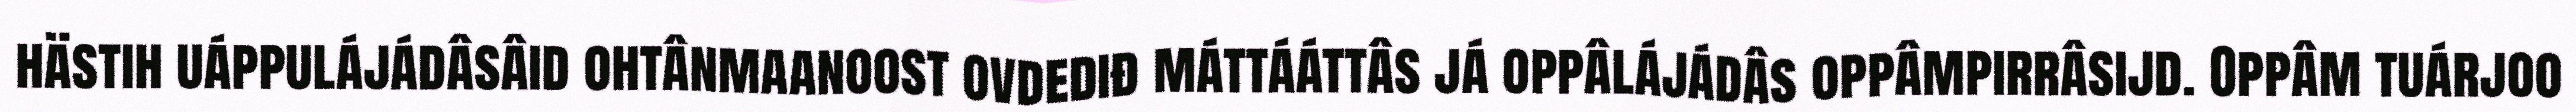
hästih uáppulájádâsâid ohtânmaanoost ovdediđ máttááttâs já oppâlájádâs oppâmpirrâsijd. Oppâm tuárjoo